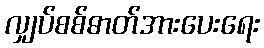
လျှပ်စစ်ဓာတ်အားပေးရေး